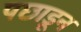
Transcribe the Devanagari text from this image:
पछाडून